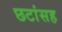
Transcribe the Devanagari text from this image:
छटांसह